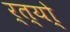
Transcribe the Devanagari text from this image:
र्त्यो्